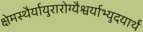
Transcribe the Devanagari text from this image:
क्षेमस्थैर्यायुरारोग्यैश्वर्याभ्युदयार्थं